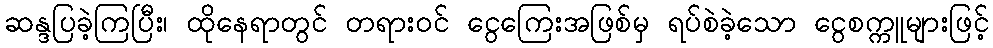
ဆန္ဒပြခဲ့ကြပြီး၊ ထိုနေရာတွင် တရားဝင် ငွေကြေးအဖြစ်မှ ရပ်စဲခဲ့သော ငွေစက္ကူများဖြင့်